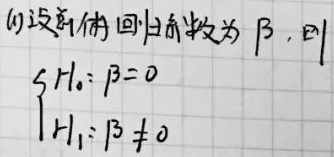
(1) 设总体回归系数为 $\beta$，则
\[\begin{cases}
H_0:\beta = 0\\
H_1:\beta\neq0
\end{cases}\]